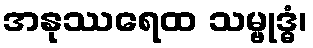
အနုဿရေထ သမ္ဗုဒ္ဓံ၊